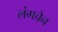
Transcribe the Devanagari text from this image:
लंगचेन